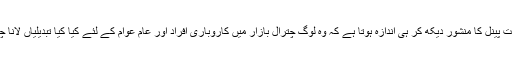
تاجر دوست پینل کا منشور دیکھ کر ہی اندازہ ہوتا ہے کہ وہ لوگ چترال بازار میں کاروباری افراد اور عام عوام کے لئے کیا کیا تبدیلیاں لانا چاہتے ہیں۔